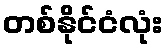
တစ်နိုင်ငံလုံး